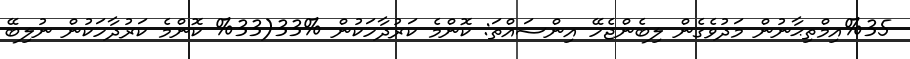
%35އިމްތިޙާނުން މަދުވެގެން ލިބެންޖެހޭ އިންސައްތަ: ކޮންމެ ކަރުދާހަކުން %33(33% ކޮންމެ ކަރުދާހަކުން ނުލިބޭ